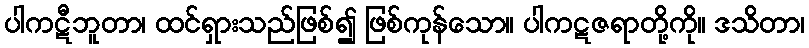
ပါကဋီဘူတာ၊ ထင်ရှားသည်ဖြစ်၍ ဖြစ်ကုန်သော။ ပါကဋဇရာတို့ကို။ ဒသိတာ၊